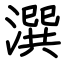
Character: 潠